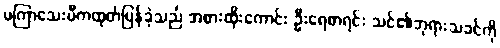
မကြာသေးမီကထုတ်ပြန်ခဲ့သည် အစားထိုးကောင်း ဦးရေစာရင်း သင်၏ဘုရားသခင်ကို